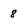
Character: 8